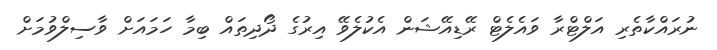
ނުރައްކާތެރި އަލްޓްރާ ވައެލެޓް ރޭޑިއޭޝަން އެކުލެވޭ އިރުގެ ދޯދިތައް ބިމާ ހަމައަށް ވާސިލްވުމަށް